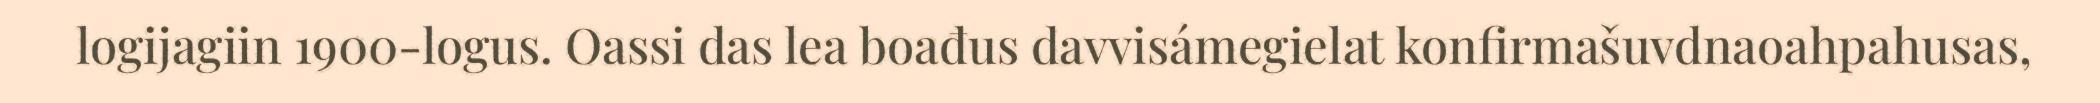
logijagiin 1900-logus. Oassi das lea boađus davvisámegielat konfirmašuvdnaoahpahusas,